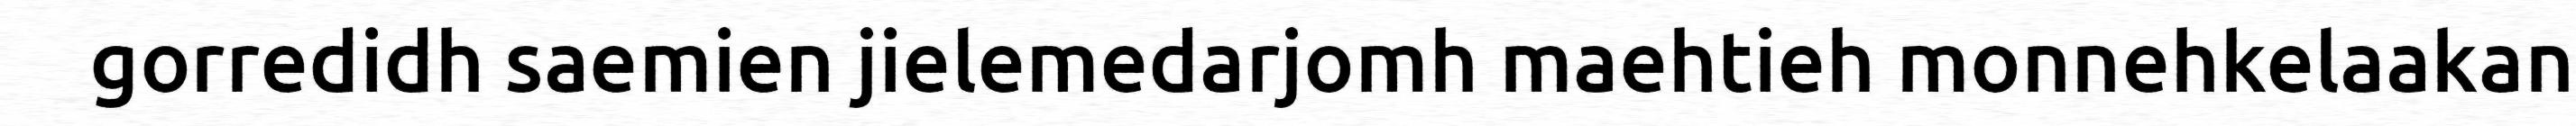
gorredidh saemien jielemedarjomh maehtieh monnehkelaakan